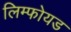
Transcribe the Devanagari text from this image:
लिम्फोयड